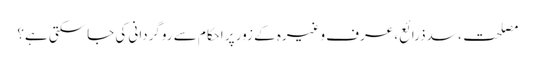
مصلحت، سدذرائع، عرف وغیرہ کے زور پر احکام سے روگردانی کی جاسکتی ہے؟